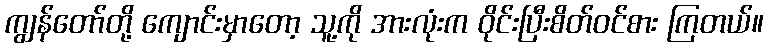
ကျွန်တော်တို့ ကျောင်းမှာတော့ သူ့ကို အားလုံးက ဝိုင်းပြီးစိတ်ဝင်စား ကြတယ်။